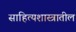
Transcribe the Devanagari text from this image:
साहित्यशास्त्रातील